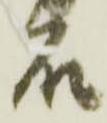
石